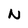
Character: N